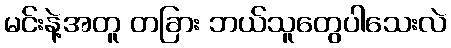
မင်းနဲ့အတူ တခြား ဘယ်သူတွေပါသေးလဲ